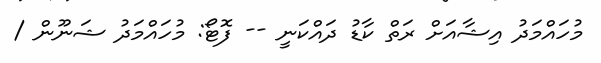
މުހައްމަދު އިޝާއަށް ރަތް ކާޑު ދައްކަނީ -- ފޮޓޯ: މުހައްމަދު ޝަނޫން /